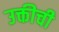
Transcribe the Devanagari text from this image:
उक्तीची